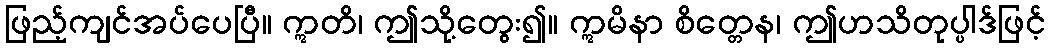
ဖြည့်ကျင်အပ်ပေပြီ။ ဣတိ၊ ဤသို့တွေး၍။ ဣမိနာ စိတ္တေန၊ ဤဟသိတုပ္ပါဒ်ဖြင့်